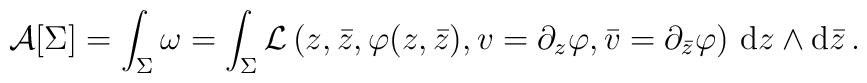
{\cal A}[\Sigma]=\int_{\Sigma}\omega=\int_{\Sigma}{\cal L}\left(z,\bar{z}, \varphi(z,\bar{z}),v=\partial_z \varphi,\bar{v}=\partial_{\bar{z}}\varphi\right)\,{\mbox{d}} z \wedge\mbox{d}\bar{z}\,.